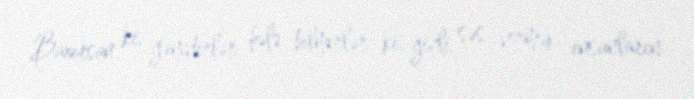
Baxırsan ki, gəncdirlər, hələ bilmirlər ki, gizli səs vermək insanların